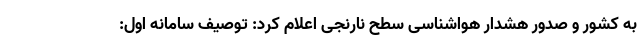
به کشور و صدور هشدار هواشناسی سطح نارنجی اعلام کرد: توصیف سامانه اول: